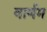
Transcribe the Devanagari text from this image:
वार्णम